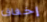
إخفاق